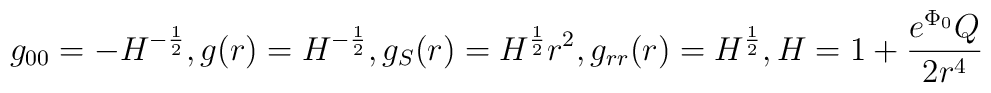
g_{00}=-H^{-\frac{1}{2}},  g(r)=H^{-\frac{1}{2}},  g_{S}(r)=H^{\frac{1}{2}}r^{2},g_{rr}(r)=H^{\frac{1}{2}},    H=1+\frac{e^{\Phi_{0}}Q}{2r^{4}}